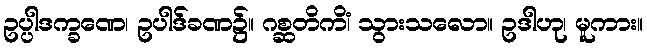
ဥပ္ပါဒက္ခဏေ၊ ဥပါဒ်ခဏ၌။ ဂစ္ဆတိကိံ၊ သွားသလော။ ဥဒါဟု၊ မူကား။